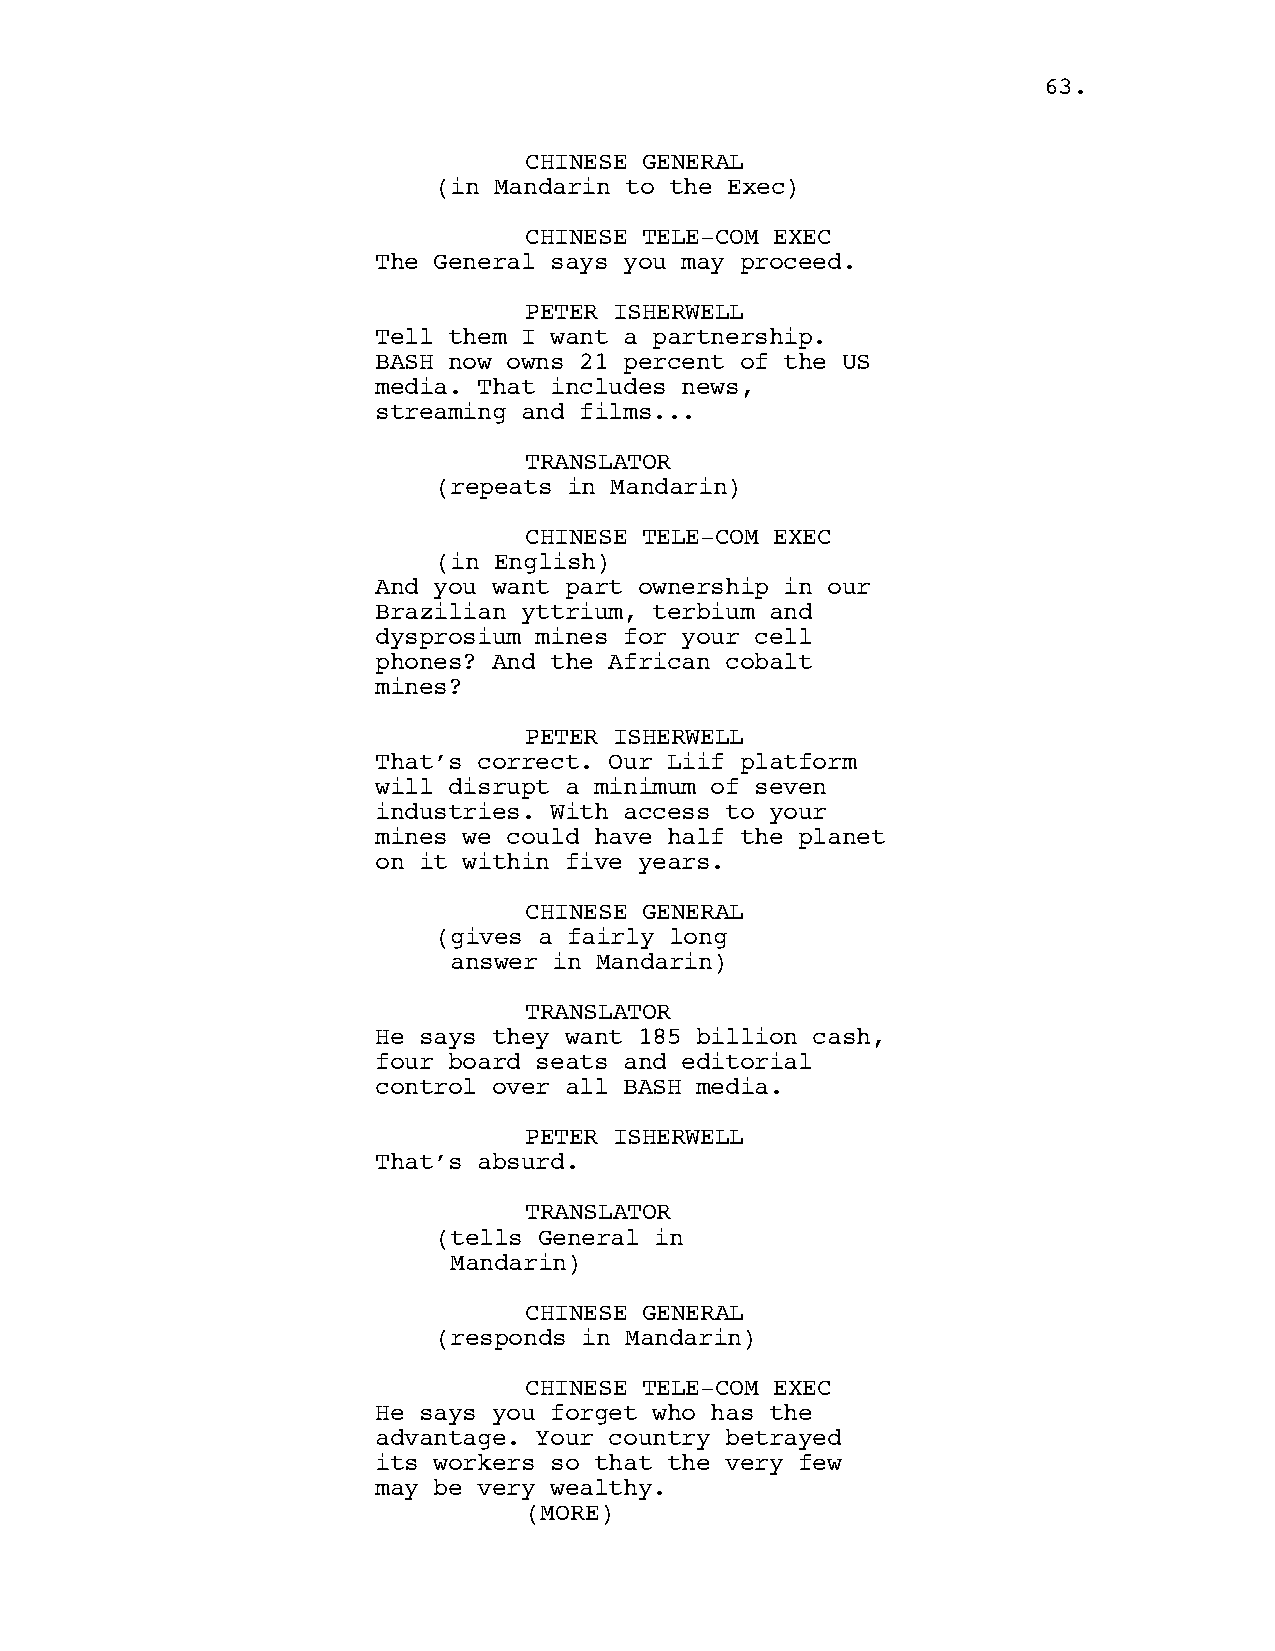
6633..
 CHINESE GENERAL
 (in Mandarin to the Exec)
 CHINESE TELE-COM EXEC
 The General says you may proceed.
 PETER ISHERWELL
 Tell them I want a partnership.
 BASH now owns 21 percent of the US
 media. That includes news,
 streaming and films...
 TRANSLATOR
 (repeats in Mandarin)
 CHINESE TELE-COM EXEC
 (in English)
 And you want part ownership in our
 Brazilian yttrium, terbium and
 dysprosium mines for your cell
 phones? And the African cobalt
 mines?
 PETER ISHERWELL
 That’s correct. Our Liif platform
 will disrupt a minimum of seven
 industries. With access to your
 mines we could have half the planet
 on it within five years.
 CHINESE GENERAL
 (gives a fairly long
 answer in Mandarin)
 TRANSLATOR
 He says they want 185 billion cash,
 four board seats and editorial
 control over all BASH media.
 PETER ISHERWELL
 That’s absurd.
 TRANSLATOR
 (tells General in
 Mandarin)
 CHINESE GENERAL
 (responds in Mandarin)
 CHINESE TELE-COM EXEC
 He says you forget who has the
 advantage. Your country betrayed
 its workers so that the very few
 may be very wealthy.
 ((MMOORREE))